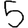
Digit: 5